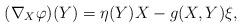
LaTeX: \begin{align*} (\nabla _X \varphi) (Y) = \eta (Y) X - g (X, Y) \xi, \end{align*}